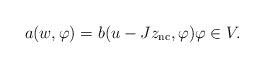
LaTeX: \begin{align*}a({w},\varphi)=b(u-Jz_{\mathrm{nc}},\varphi)\varphi \in V. \end{align*}